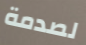
لصدمة